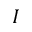
I